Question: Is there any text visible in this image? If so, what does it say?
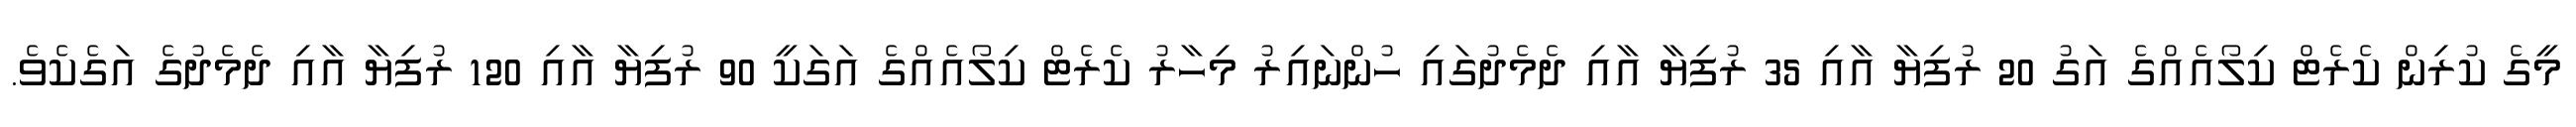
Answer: މީގެ ކުރިން ކެރެޓް ކިލޯއެއްގެ އަގު 20 ރުފިޔާ އާއި 35 ރުފިޔާ އާއި ދެމެދުގައި ހުންނައިރު މިހާރު ކެރެޓް ކިލޯއެއްގެ އަގަކީ 90 ރުފިޔާ އާއި 120 ރުފިޔާ އާއި ދެމެދުގެ އަގެކެވެ.